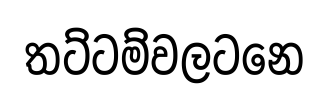
තට්ටම්වලටනෙ